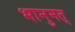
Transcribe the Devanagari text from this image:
भानुमत्